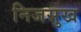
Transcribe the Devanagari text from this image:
निजसुख